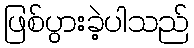
ဖြစ်ပွားခဲ့ပါသည်